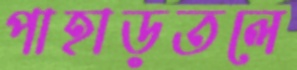
পাহাড়তলে